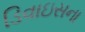
ડિવાઇસના